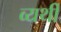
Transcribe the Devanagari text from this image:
व्‍यर्थी